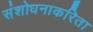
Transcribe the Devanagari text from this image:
संशोधनाकरिता